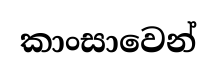
කාංසාවෙන්